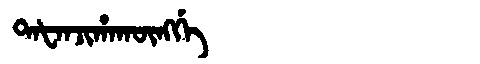
Manchu: ᡨᠠᡶᠠᠨᠵᡳᡥᠠᡴᡡᠩᡤᡝ
Romanization: TAFANJIHAKŪNGGE